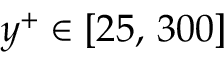
y ^ { + } \in [ 2 5 , \, 3 0 0 ]